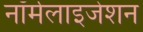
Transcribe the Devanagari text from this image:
नॉर्मलाइजेशन